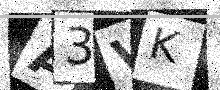
Text: A3VK